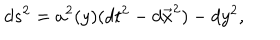
d s ^ { 2 } = a ^ { 2 } ( y ) ( d t ^ { 2 } - d \vec { x } ^ { 2 } ) - d y ^ { 2 } ,